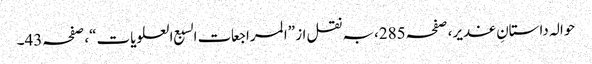
حوالہ داستانِ غدیر، صفحہ285،بہ نقل از ”المراجعات السبع العلویات“، صفحہ43۔